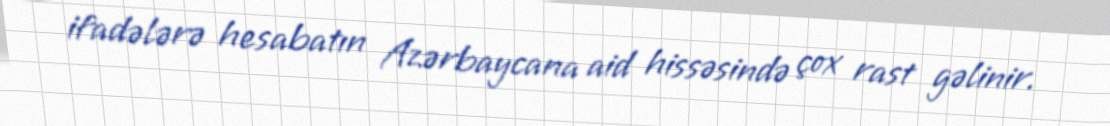
ifadələrə hesabatın Azərbaycana aid hissəsində çox rast gəlinir.